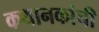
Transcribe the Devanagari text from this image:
कथानकांची